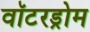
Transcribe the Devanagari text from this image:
वॉटरड्रोम